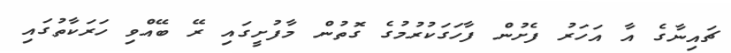
ޗައިނާގެ އާ އަހަރު ފެށުން ފާހަގަކުރުމުގެ ގޮތުން މާފުށީގައި ރޭ ބޭއްވި ހަރަކާތުގައި